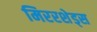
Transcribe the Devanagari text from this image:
मिररशेड्स